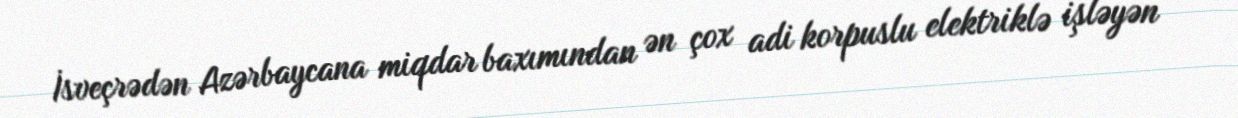
İsveçrədən Azərbaycana miqdar baxımından ən çox adi korpuslu elektriklə işləyən